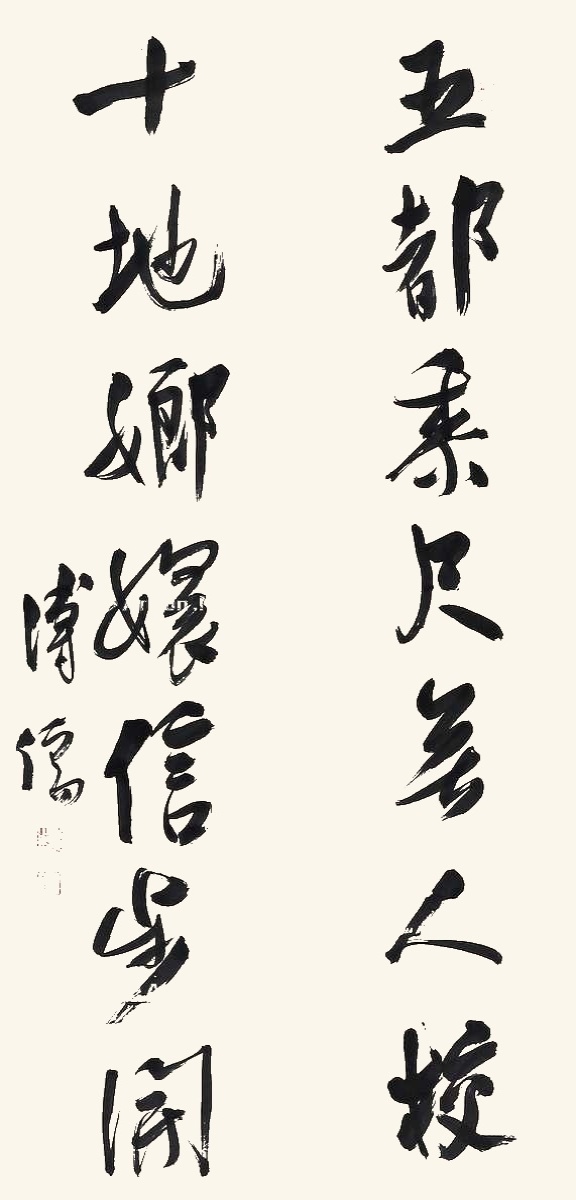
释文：五都黍尺无人校，十地琅环信步开。溥儒。